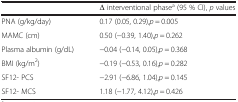
<table><thead><tr><td></td><td><b>Δ interventional phase<sup>a</sup> (95 % CI), <i>p</i> values</b></td></tr></thead><tbody><tr><td>PNA (g/kg/day)</td><td>0.17 (0.05, 0.29),<i>p</i> = 0.005</td></tr><tr><td>MAMC (cm)</td><td>0.50 (−0.39, 1.40),<i>p</i> = 0.262</td></tr><tr><td>Plasma albumin (g/dL)</td><td>−0.04 (−0.14, 0.05),<i>p</i> = 0.368</td></tr><tr><td>BMI (kg/m<sup>2</sup>)</td><td>−0.19 (−0.53, 0.16),<i>p</i> = 0.282</td></tr><tr><td>SF12- PCS</td><td>−2.91 (−6.86, 1.04),<i>p</i> = 0.145</td></tr><tr><td>SF12- MCS</td><td>1.18 (−1.77, 4.12),<i>p</i> = 0.426</td></tr></tbody></table>